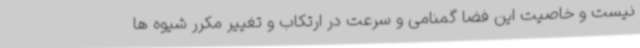
نیست و خاصیت این فضا گمنامی و سرعت در ارتکاب و تغییر مکرر شیوه ها